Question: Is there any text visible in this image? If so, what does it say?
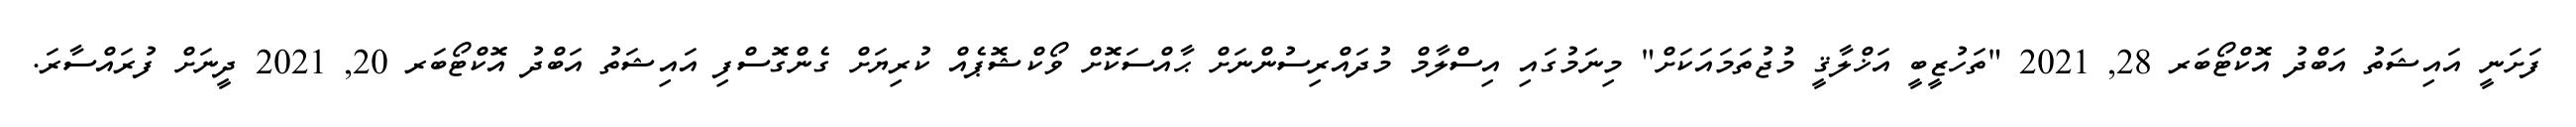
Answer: ފަށަނީ އައިޝަތު އަބްދު އޮކްޓޯބަރ 28, 2021 "ތަހުޒީބީ އަޚްލާޤީ މުޖުތަމައަކަށް" މިނަމުގައި އިސްލާމް މުދައްރިސުންނަށް ޙާއްސަކޮށް ވޯކްޝޮޕެއް ކުރިޔަށް ގެންގޮސްފި އައިޝަތު އަބްދު އޮކްޓޯބަރ 20, 2021 ދީނަށް ފުރައްސާރަ.